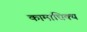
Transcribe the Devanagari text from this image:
कामाधिक्य